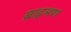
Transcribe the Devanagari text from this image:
ब्राह़मण